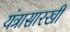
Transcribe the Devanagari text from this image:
यंत्रासारखी